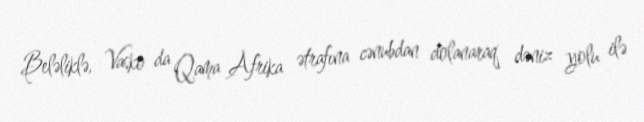
Beləliklə, Vasko da Qama Afrika ətrafına cənubdan dolanaraq dəniz yolu ilə